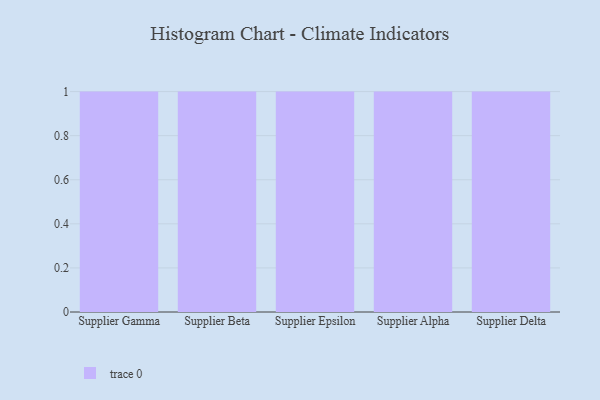
{"axis": {"x": "Supplier", "y": "Waste Production (Tons)"}, "legend": [""], "data": [{"x": "Supplier Gamma", "y": 79, "type": ""}, {"x": "Supplier Beta", "y": 84, "type": ""}, {"x": "Supplier Epsilon", "y": 77, "type": ""}, {"x": "Supplier Alpha", "y": 76, "type": ""}, {"x": "Supplier Delta", "y": 61, "type": ""}]}